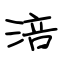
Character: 涪